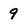
Character: 9